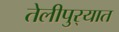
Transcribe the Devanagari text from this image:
तेलीपुर्‍यात